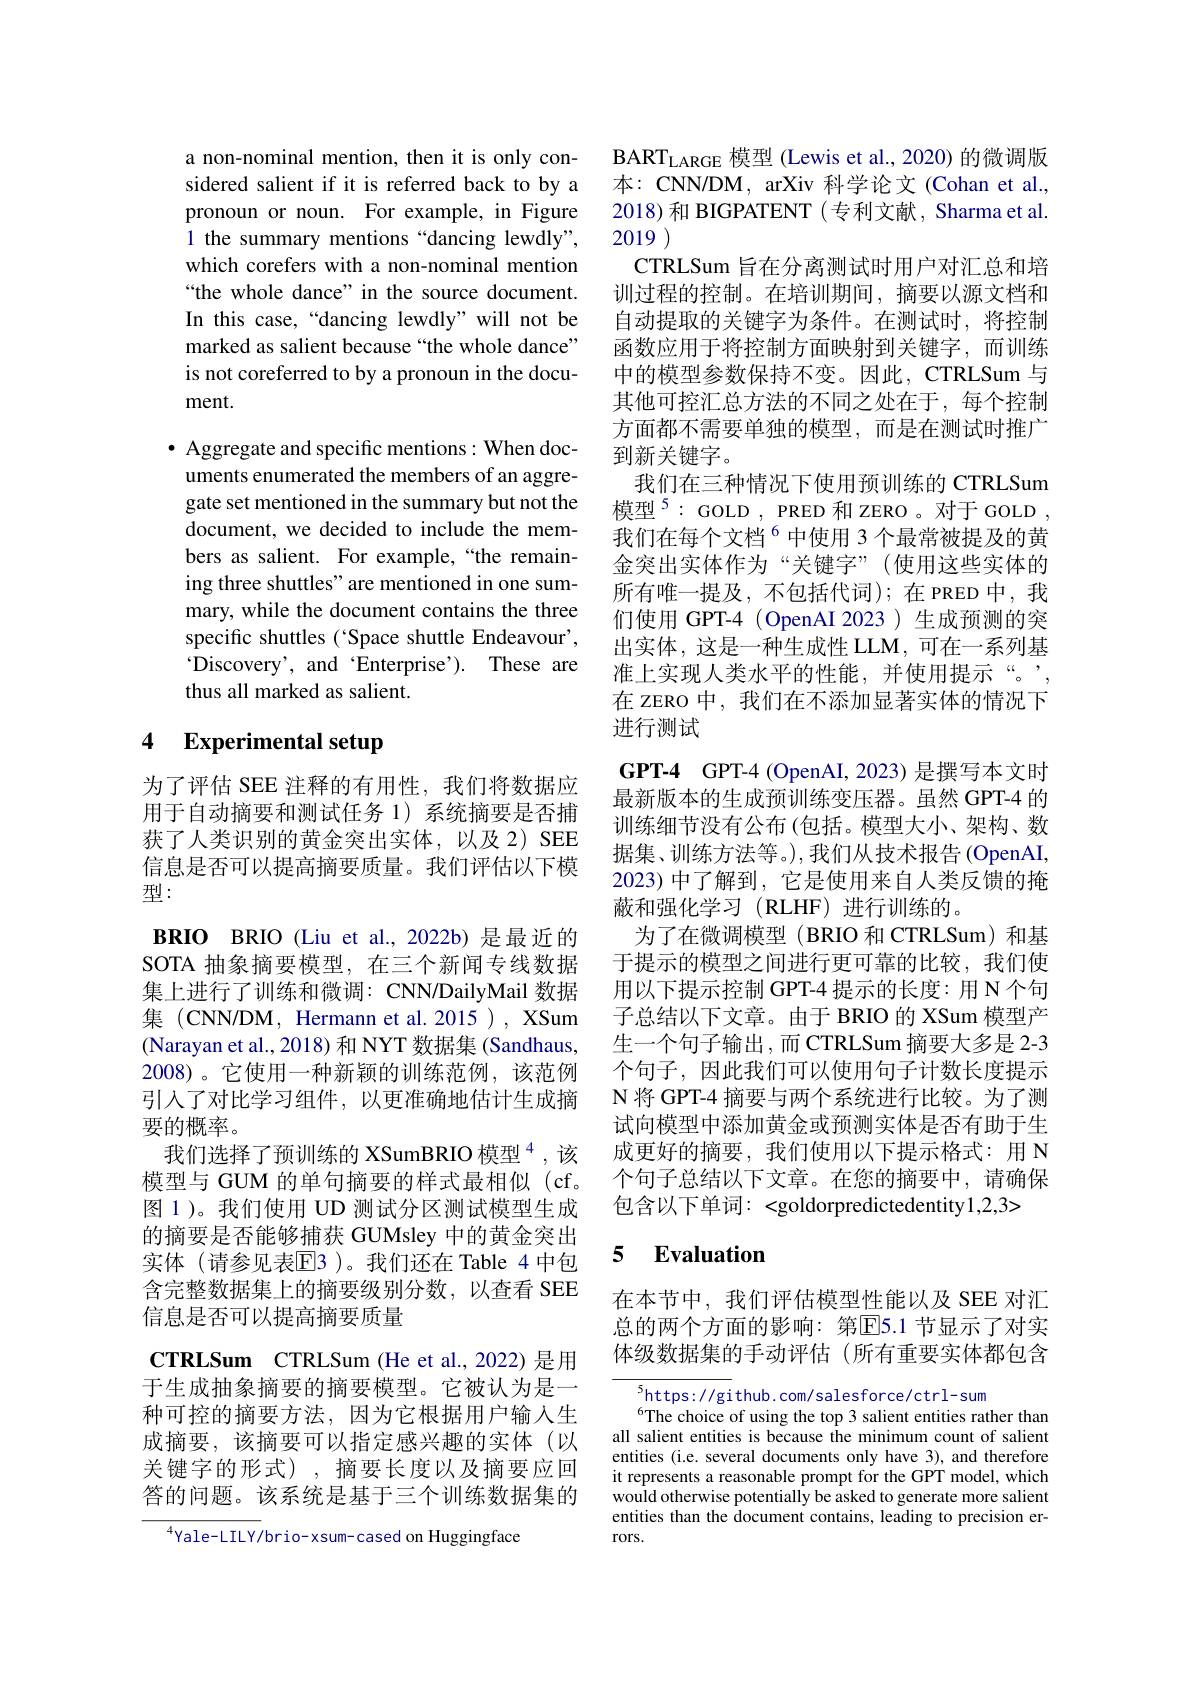
a non-nominal mention, then it is only considered salient if it is referred back to by a pronoun or noun. For example, in Figure 1 the summary mentions “dancing lewdly", which corefers with a non-nominal mention “the whole dance” in the source document. In this case,“dancing lewdly" will not be marked as salient because “the whole dance” is not coreferred to by a pronoun in the document.

$\bullet$ Aggregate and specific mentions: When documents enumerated the members of an aggregate set mentioned in the summary but not the document, we decided to include the members as salient. For example,“the remaining three shuttles" are mentioned in one summary, while the document contains the three specific shuttles (“Space shuttle Endeavour', Discover$y^{\prime }$, and “Enterprise'). These are thus all marked as salient.

### 4 Experimental setup

为了评估 SEE 注释的有用性，我们将数据应用于自动摘要和测试任务 1)系统摘要是否捕获了人类识别的黄金突出实体，以及2) SEE 信息是否可以提高摘要质量。我们评估以下模型：
BRIO BRIO (Liu et al.,2022b) 是最近的SOTA 抽象摘要模型，在三个新闻专线数据集上进行了训练和微调：CNN/DailyMail 数据集 (CNN/DM, Hermann et al.2015), XSum (Narayan et al., 2018) 和 NYT 数据集 (Sandhaus, 2008)。它使用一种新颖的训练范例，该范例引人了对比学习组件，以更准确地估计生成摘要的概率。
我们选择了预训练的 XSumBRIO 模型$^{4}$,该模型与 GUM 的单句摘要的样式最相似 (cf。图 1)。我们使用 UD 测试分区测试模型生成的摘要是否能够捕获 GUMsley 中的黄金突出实体(请参见表$\mathbb{E}$3)。我们还在 Table 4 中包含完整数据集上的摘要级别分数，以查看 SEE 信息是否可以提高摘要质量
CTRLSum CTRLSum (He et al., 2022) 是用于生成抽象摘要的摘要模型。它被认为是一种可控的摘要方法，因为它根据用户输入生成摘要，该摘要可以指定感兴趣的实体(以关键字的形式),摘要长度以及摘要应回答的问题。该系统是基于三个训练数据集的
$^{4}$Yale-LILY/brio-xsum-cased on Huggingface

$\mathrm{BART}_{\mathrm{LARGE}}$模型 (Lewis et al., 2020) 的微调版本：CNN/DM, arXiv 科学论文 (Cohan et al., 2018)和 BIGPATENT (专利文献，Sharma et al. 2019
CTRLSum 旨在分离测试时用户对汇总和培训过程的控制。在培训期间，摘要以源文档和自动提取的关键字为条件。在测试时，将控制函数应用于将控制方面映射到关键字，而训练中的模型参数保持不变。因此，CTRLSum 与其他可控汇总方法的不同之处在于，每个控制方面都不需要单独的模型，而是在测试时推广到新关键字。
我们在三种情况下使用预训练的 CTRLSum 模型$^{5}:$GOLD,PRED和ZERO。对于GOLD， 我们在每个文档$^{6}$中使用 3个最常被提及的黄金突出实体作为“关键字”(使用这些实体的所有唯一提及，不包括代词);在 PRED 中，我们使用 GPT-4 (OpenAI 2023)生成预测的突出实体，这是一种生成性 LLM, 可在一系列基准上实现人类水平的性能，并使用提示“。”, 在 zERO 中，我们在不添加显著实体的情况下进行测试
GPT-4 GPT-4 (OpenAI,2023) 是撰写本文时最新版本的生成预训练变压器。虽然 GPT-4 的训练细节没有公布 (包括。模型大小、架构、数据集、训练方法等。),我们从技术报告(OpenAI, 2023)中了解到，它是使用来自人类反馈的掩蔽和强化学习(RLHF)进行训练的。
为了在微调模型(BRIO 和 CTRLSum) 和基于提示的模型之间进行更可靠的比较，我们使用以下提示控制 GPT-4 提示的长度：用 N 个句子总结以下文章。由于 BRIO 的 XSum 模型产生一个句子输出，而 CTRLSum 摘要大多是 2-3个句子，因此我们可以使用句子计数长度提示N 将 GPT-4 摘要与两个系统进行比较。为了测试向模型中添加黄金或预测实体是否有助于生成更好的摘要，我们使用以下提示格式：用 N 个句子总结以下文章。在您的摘要中，请确保包含以下单词：<goldorpredictedentity1,2,3>

# 5 Evaluation

在本节中，我们评估模型性能以及 SEE 对汇总的两个方面的影响：第$\overline{\mathrm{E}}$5.1 节显示了对实体级数据集的手动评估(所有重要实体都包含

$^{5}$https://github.com/salesforce/ctrl-sum
$^{6}$The choice of using the top 3 salient entities rather than all salient entities is because the minimum count of salient entities (i.e. several documents only have 3), and therefore it represents a reasonable prompt for the GPT model, which would otherwise potentially be asked to generate more salient entities than the document contains, leading to precision errors.